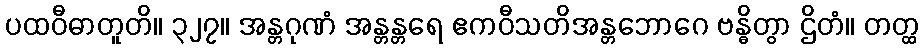
ပထဝီဓာတူတိ။ ၃၂၇။ အန္တဂုဏံ အန္တန္တရေ ဧကဝီသတိအန္တဘောဂေ ဗန္ဓိတွာ ဌိတံ။ တတ္ထ